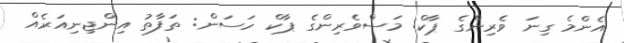
އެންމެ ގިނަ ވެރިންގެ ޕާކް: މަސްވެރިންގެ ޕާކް ހަސަން: ތަފާތު އިންޖިނިއަރެއް